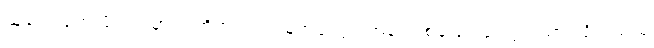
သူတွေးတောမိသည်မှာ အတိတ်သည် သူ့အဖို့တွင် အဖုံးတစ်ခုဖြင့် ဖုံးလွှမ်းထားလိုက်သည့်